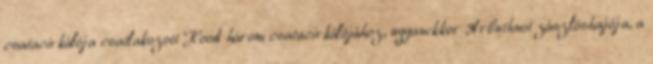
csatacirkálója csatlakozott Hood három csatacirkálójához, ugyanekkor Arbuthnot zászlóshajója, a